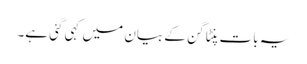
یہ بات پنٹاگن کے بیان میں کہی گئی ہے۔